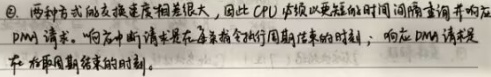
\textcircled{2} 两种方式的交换速度相差很大，因此 CPU 必须以更短的时间间隔查询并响应DMA 请求。响应中断请求是在每条指令执行周期结束的时刻；响应 DMA 请求是在存取周期结束的时刻。